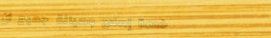
خدمة إصلاح وصيانة جميع أن